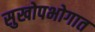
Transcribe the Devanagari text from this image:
सुखोपभोगात